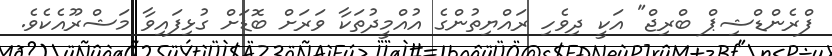
ފްރެންޑްޝިޕް ބްރިޖް" އަކީ ދިވެހި ރައްޔިތުންގެ އުއްމީދުތަކާ ވަރަށް ބޮޑަށް ގުޅިފައިވާ މަޝްރޫއެކެވެ.